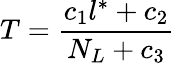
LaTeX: T=\frac{c_{1}l^{*}+c_{2}}{N_{L}+c_{3}}